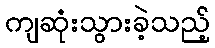
ကျဆုံးသွားခဲ့သည့်